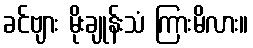
ခင်ဗျား မိုးချုန်းသံ ကြားမိလား။